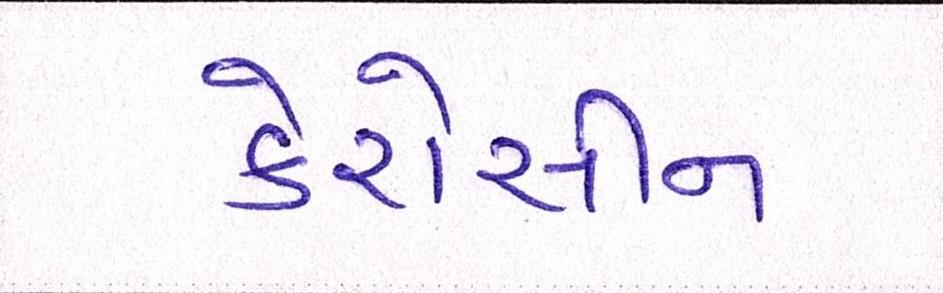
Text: કેરોસીન